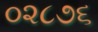
૦૨૮૭૬